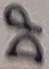
Text: DP